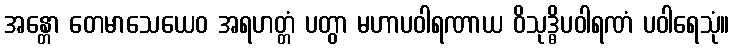
အန္တော တေမာသေယေဝ အရဟတ္တံ ပတွာ မဟာပဝါရဏာယ ဝိသုဒ္ဓိပဝါရဏံ ပဝါရေသုံ။